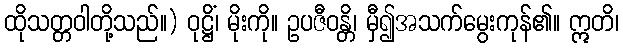
ထိုသတ္တဝါတို့သည်။) ဝုဋ္ဌိံ၊ မိုးကို။ ဥပဇီဝန္တိ၊ မှီ၍အသက်မွေးကုန်၏။ ဣတိ၊